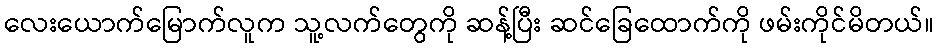
လေးယောက်မြောက်လူက သူ့လက်တွေကို ဆန့်ပြီး ဆင်ခြေထောက်ကို ဖမ်းကိုင်မိတယ်။